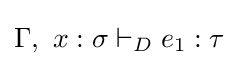
\Gamma ,\ x:\sigma \vdash _{D}e_{1}:\tau